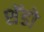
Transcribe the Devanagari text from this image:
शॅडो